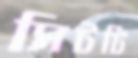
সিটটি